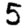
Digit: 5